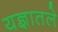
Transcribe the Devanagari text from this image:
यज्ञातले